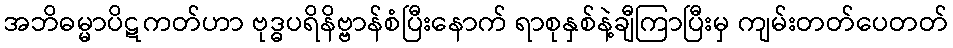
အဘိဓမ္မာပိဋကတ်ဟာ ဗုဒ္ဓပရိနိဗ္ဗာန်စံပြီးနောက် ရာစုနှစ်နဲ့ချီကြာပြီးမှ ကျမ်းတတ်ပေတတ်